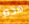
هذه